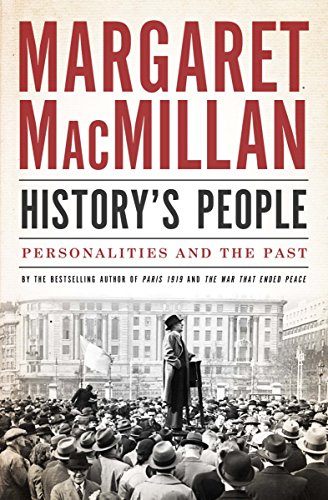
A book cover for History's People: Personalities and the Past (CBC Massey Lectures); Margaret MacMillan; Biographies & Memoirs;